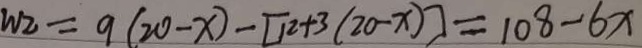
w _ { 2 } = 9 ( 2 0 - x ) - [ 1 2 + 3 ( 2 0 - x ) ] = 1 0 8 - 6 x